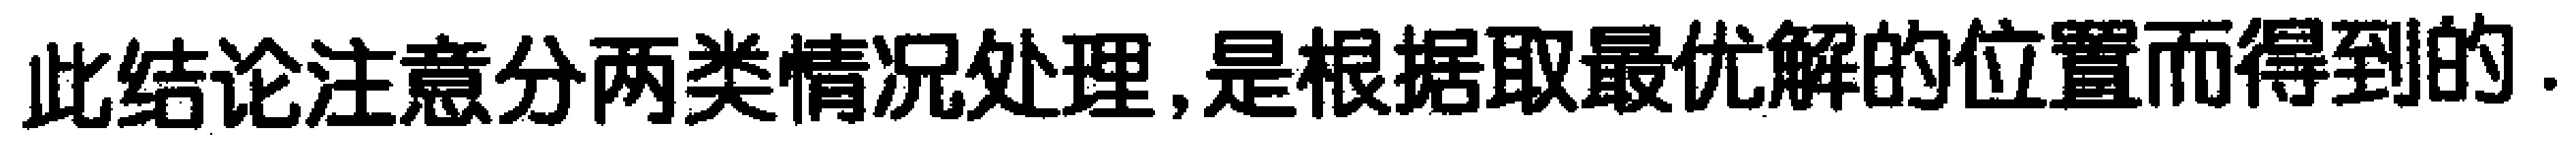
此结论注意分两类情况处理,是根据取最优解的位置而得到的.